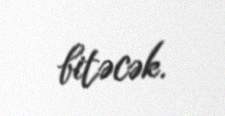
bitəcək.